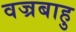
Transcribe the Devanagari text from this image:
वज्रबाहु